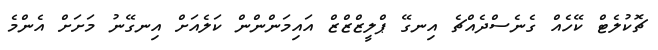
ޗޮކުލެޓް ކޭހެއް ގެނެސްދެއްޗެ އިނގޭ ޕްލީޒްޒްޒް އައިމަންންން ކަލެއަށް އިނގޭނު މަށަށް އެންމެ